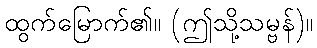
ထွက်မြောက်၏။ (ဤသို့သမ္ဗန်)။